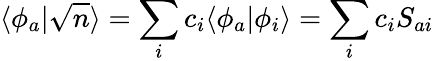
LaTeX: \langle\phi_{a}|\sqrt{n}\rangle=\sum_{i}c_{i}\langle\phi_{a}|\phi_{i}\rangle=\sum_{i}c_{i}S_{ai}